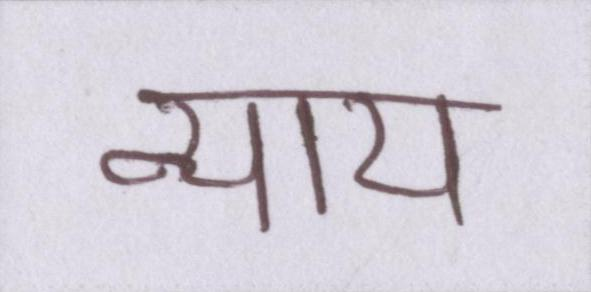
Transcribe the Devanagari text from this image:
न्याय